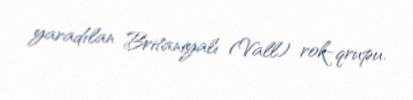
yaradılan Britaniyalı (Vall) rok-qrupu.